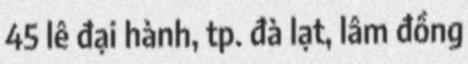
45 lê đại hành, tp. đà lạt, lâm đồng